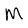
Character: M